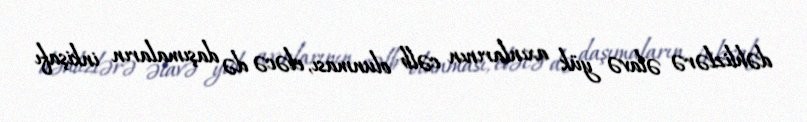
dəhlizlərə əlavə yük axınlarının cəlb olunması, eləcə də daşımaların inkişafı